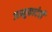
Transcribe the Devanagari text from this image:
जानुकादेवी